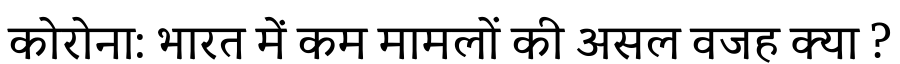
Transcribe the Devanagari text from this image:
कोरोना: भारत में कम मामलों की असल वजह क्या ?